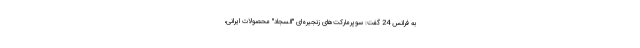
به فرانس 24 گفت: سوپرمارکت‌های زنجیره‌ای "السجاد" محصولات ایرانی،